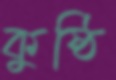
কুষ্ঠি